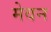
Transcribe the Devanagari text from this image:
मेवन